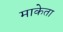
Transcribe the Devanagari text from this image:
माकेता